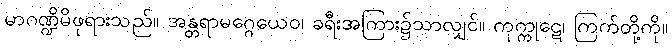
မာဂဏ္ဍိမိဖုရားသည်။ အန္တရာမဂ္ဂေယေဝ၊ ခရီးအကြား၌သာလျှင်။ ကုက္ကုဋေ၊ ကြက်တို့ကို။